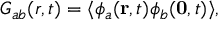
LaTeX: G _ { a b } ( r , t ) = \langle \phi _ { a } ( { \bf r } , t ) \phi _ { b } ( { \bf 0 } , t ) \rangle ,